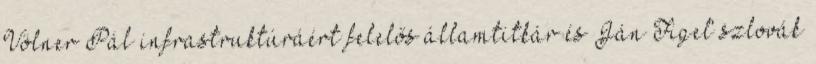
Völner Pál infrastruktúráért felelős államtitkár és Ján Figeľ szlovák